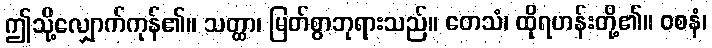
ဤသို့လျှောက်ကုန်၏။ သတ္ထာ၊ မြတ်စွာဘုရားသည်။ တေသံ၊ ထိုရဟန်းတို့၏။ ဝစနံ၊